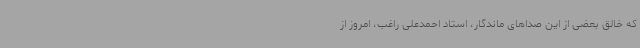
که خالق بعضی از این صداهای ماندگار، استاد احمدعلی راغب، امروز از